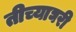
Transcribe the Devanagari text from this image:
तीच्याघरी